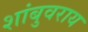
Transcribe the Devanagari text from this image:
शांबुवराय